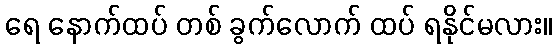
ရေ နောက်ထပ် တစ် ခွက်လောက် ထပ် ရနိုင်မလား။